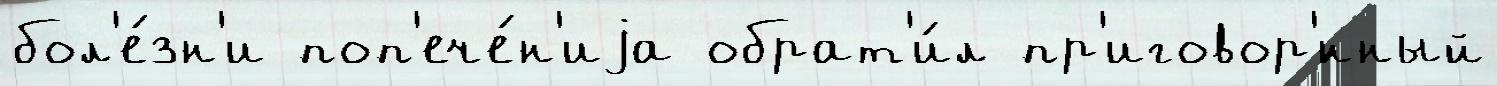
бол'е́зн'и поп'ече́н'иjа обрат'и́л пр'иговор'́нный